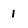
Character: 1